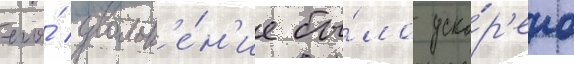
его́ увольн'е́н'ие бы́ло уско́р'ено